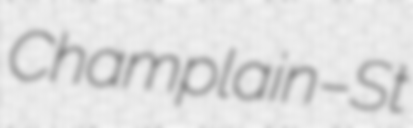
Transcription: Champlain–St